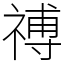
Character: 禣